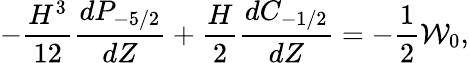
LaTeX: -\frac{H^{3}}{12}\frac{dP_{-5/2}}{dZ}+\frac{H}{2}\frac{dC_{-1/2}}{dZ}=-\frac{1}{2}\mathcal{W}_{0},